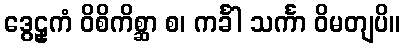
ဒွေဠှကံ ဝိစိကိစ္ဆာ စ၊ ကင်္ခါ သင်္ကာ ဝိမတျပိ။